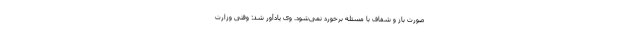
صورت باز و شفاف با مسئله برخورد نمی‌شود. وی یادآور شد:‌ وقتی وزارت